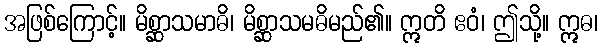
အဖြစ်ကြောင့်။ မိစ္ဆာသမာဓိ၊ မိစ္ဆာသမဓိမည်၏။ ဣတိ ဧဝံ၊ ဤသို့။ ဣဓ၊